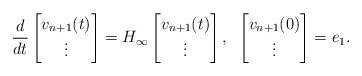
\begin{align*}\frac{d}{dt}\begin{bmatrix}v_{n+1}(t)\\\vdots\end{bmatrix}=H_\infty \begin{bmatrix}v_{n+1}(t)\\\vdots\end{bmatrix},\;\;\begin{bmatrix}v_{n+1}(0)\\\vdots\end{bmatrix} =e_1.\end{align*}